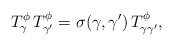
\begin{align*}T^\phi_\gamma\, T^\phi_{\gamma'} =\sigma(\gamma,\gamma')\, T^\phi_{\gamma\gamma'},\end{align*}